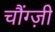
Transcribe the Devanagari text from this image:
चौंग्ज़ी